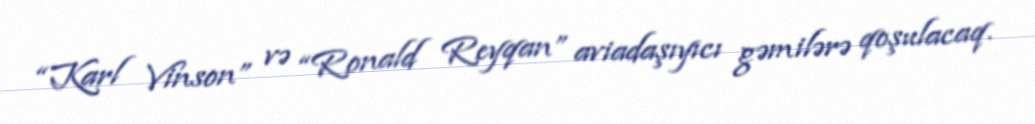
“Karl Vinson” və “Ronald Reyqan” aviadaşıyıcı gəmilərə qoşulacaq.